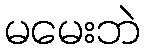
မမေးဘဲ